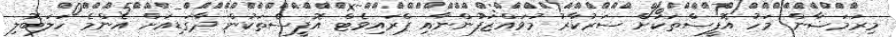
މިރަމަޟާން މަހު އޮފީސްތަކަށް ސަރުކާރު މުވައްޒަފުންނާއި ޕްރައިވެޓް އޮފީސްތަކުން ދާގަޑިއަށް އެންމެ ހަލަބޮލި